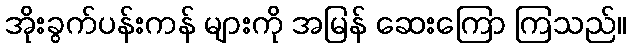
အိုးခွက်ပန်းကန် များကို အမြန် ဆေးကြော ကြသည်။